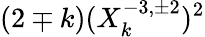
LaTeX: (2\mp k)(X_{k}^{-3,\pm 2})^{2}